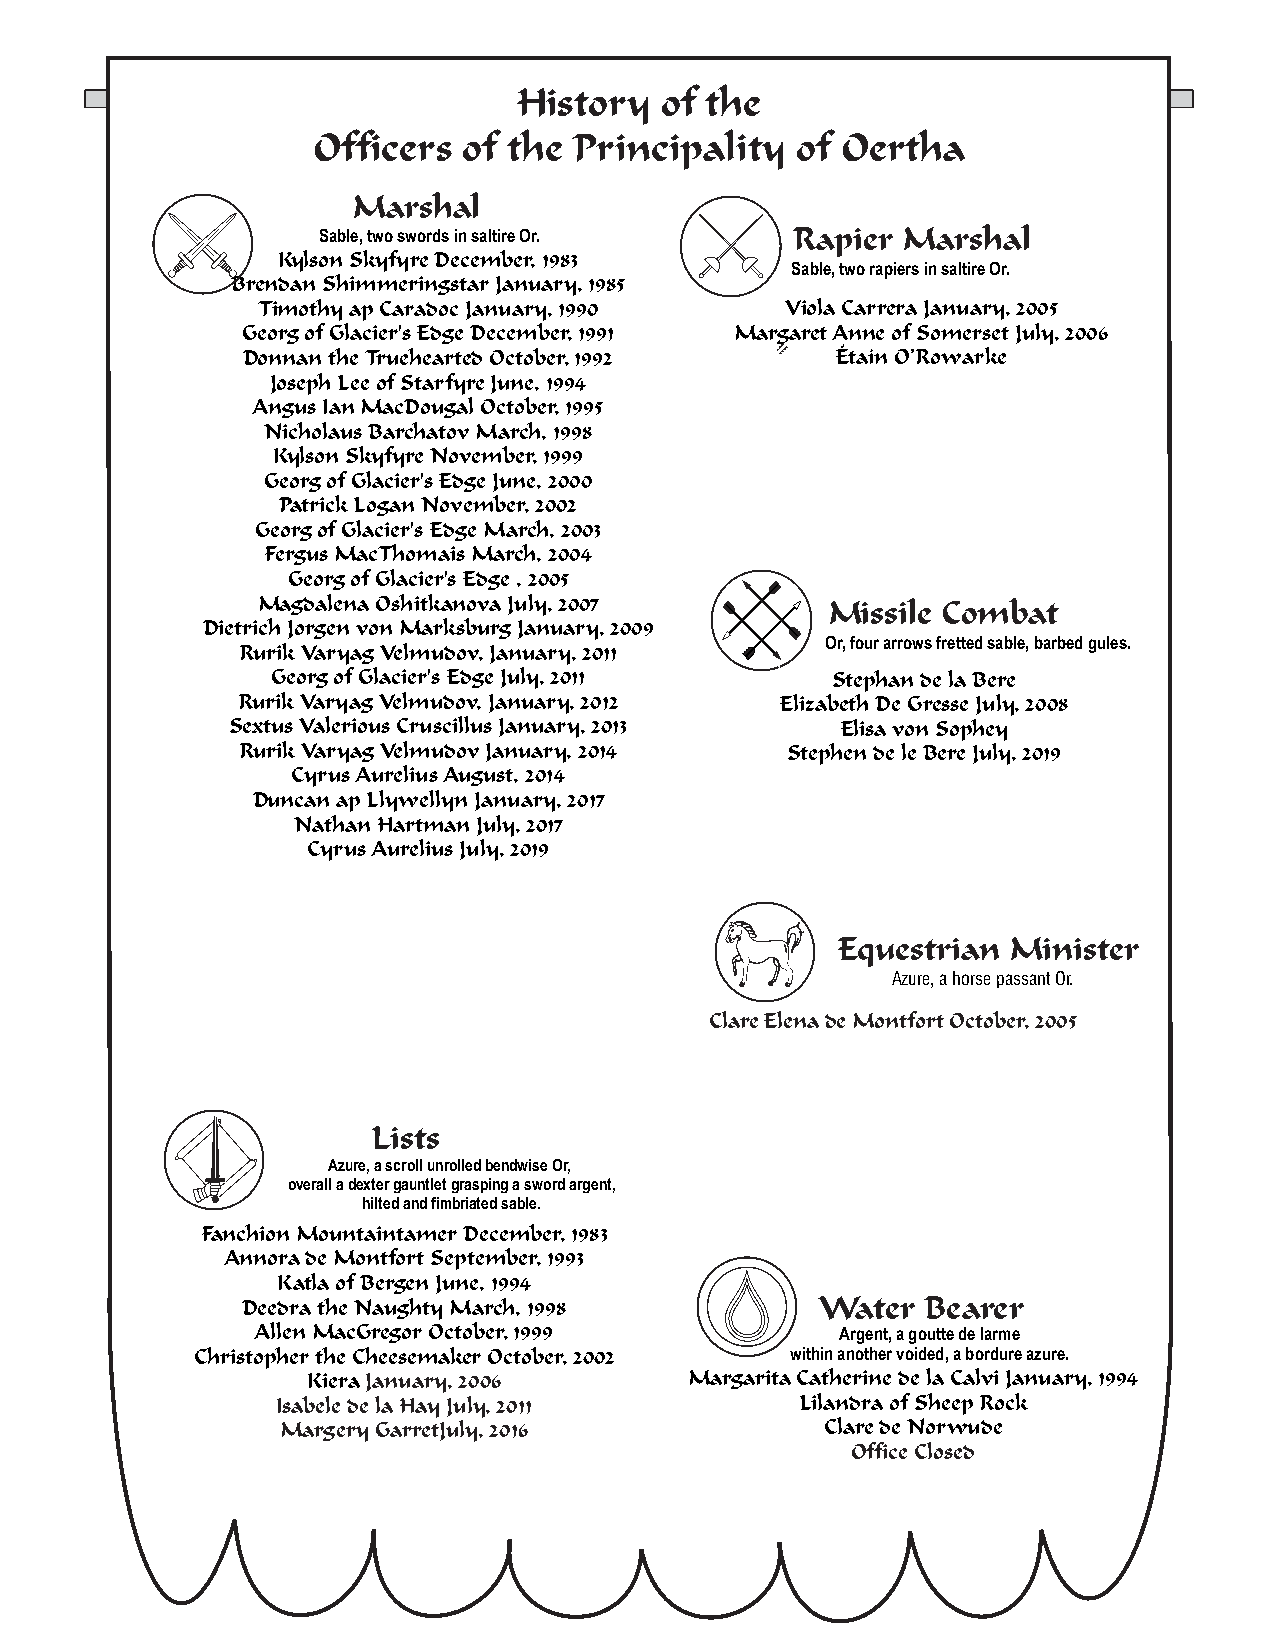
History   of the
 Officers  of the Principality   of Oertha
 Marshal
 Sable, two swords in saltire Or. Rapier Marshal
 Kylson Skyfyre December, 1983
 Sable, two rapiers in saltire Or.
 Brendan Shimmeringstar January, 1985
 Timothy ap Caradoc January, 1990   Viola Carrera January, 2005
 Georg of Glacier's Edge December, 1991 Margaret Anne of Somerset July, 2006
 Donnan the Truehearted October, 1992   Étaín O’Rowarke
 Joseph Lee of Starfyre June, 1994
 Angus Ian MacDougal October, 1995
 Nicholaus Barchatov March, 1998
 Kylson Skyfyre November, 1999
 Georg of Glacier's Edge June, 2000
 Patrick Logan November, 2002
 Georg of Glacier's Edge March, 2003
 Fergus MacThomais March, 2004
 Georg of Glacier's Edge , 2005
 Magdalena Oshitkanova July, 2007      Missile Combat
 Dietrich Jorgen von Marksburg January, 2009
 Or, four arrows fretted sable, barbed gules.
 Rurik Varyag Velmudov, January, 2011
 Georg of Glacier's Edge July, 2011   Stephan de la Bere
 Rurik Varyag Velmudov, January, 2012 Elizabeth De Gresse July, 2008
 Sextus Valerious Cruscillus January, 2013 Elisa von Sophey
 Rurik Varyag Velmudov January, 2014 Stephen de le Bere July, 2019
 Cyrus Aurelius August, 2014
 Duncan ap Llywellyn January, 2017
 Nathan Hartman July, 2017
 Cyrus Aurelius July, 2019
 Equestrian  Minister
 Azure, a horse passant Or.
 Clare Elena de Montfort October, 2005
 Lists
 Azure, a scroll unrolled bendwise Or,
 overall a dexter gauntlet grasping a sword argent,
 hilted and fimbriated sable.
 Fanchion Mountaintamer December, 1983
 Annora de Montfort September, 1993
 Katla of Bergen June, 1994
 Deedra the Naughty March, 1998        Water  Bearer
 Allen MacGregor October, 1999          Argent, a goutte de larme
 Christopher the Cheesemaker October, 2002 within another voided, a bordure azure.
 Kiera January, 2006       Margarita Catherine de la Calvi January, 1994
 Isabele de la Hay July, 2011       Lilandra of Sheep Rock
 Margery GarretJuly, 2016            Clare de Norwude
 Office Closed